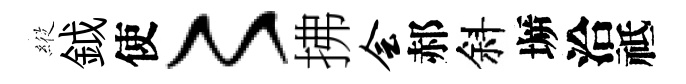
𦂵鉞使〻拂会郝斜󶱲洽祗